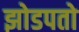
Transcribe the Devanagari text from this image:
झोडपतो